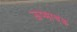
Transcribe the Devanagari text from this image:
ऊष्माचक्र